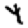
Digit: 4